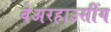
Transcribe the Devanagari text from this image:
वेअरहाउसींग